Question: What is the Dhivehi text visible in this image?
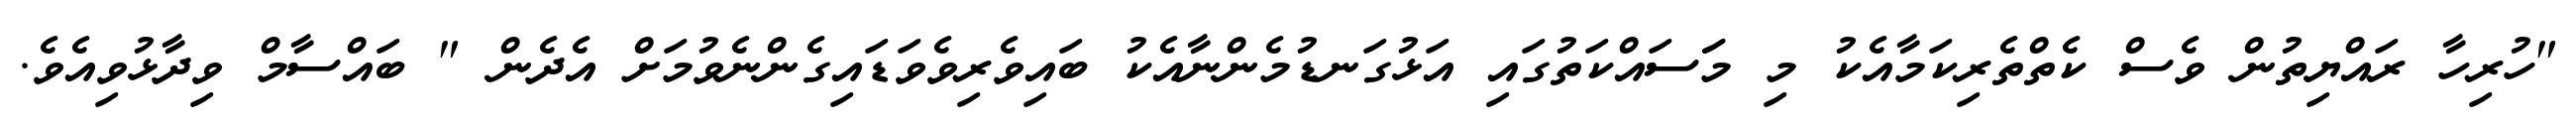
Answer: "ހުރިހާ ރައްޔިތުން ވެސް ކެތްތެރިކަމާއެކު މި މަަސައްކަތުގައި އަޅުގަނޑުމެންނާއެކު ބައިވެރިވެވަޑައިގެންނެވުމަށް އެދެން " ބައްސާމް ވިދާޅުވިއެވެ.